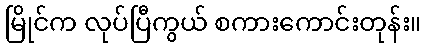
မြိုင်က လုပ်ပြီကွယ် စကားကောင်းတုန်း။